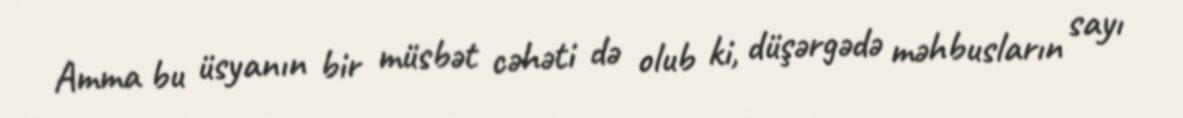
Amma bu üsyanın bir müsbət cəhəti də olub ki, düşərgədə məhbusların sayı